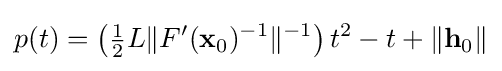
p(t)=\left({\tfrac {1}{2}}L\|F'(\mathbf {x} _{0})^{-1}\|^{-1}\right)t^{2}-t+\|\mathbf {h} _{0}\|